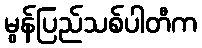
မွန်ပြည်သစ်ပါတီက